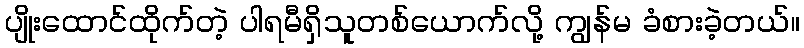
ပျိုးထောင်ထိုက်တဲ့ ပါရမီရှိသူတစ်ယောက်လို့ ကျွန်မ ခံစားခဲ့တယ်။